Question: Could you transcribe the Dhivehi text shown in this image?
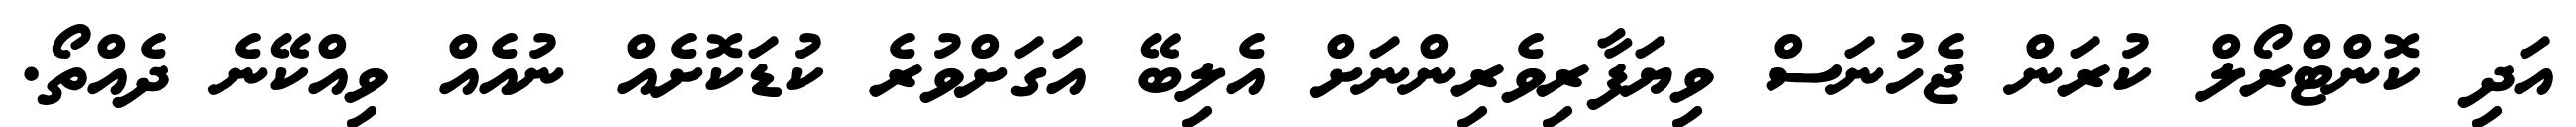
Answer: އަދި ކޮންޓްރޯލް ކުރަން ޖެހުނަސް ވިޔަފާރިވެރިންނަށް އެލިބޭ އަގަށްވުރެ ކުޑަކޮށެއް ނުއެއް ވިއްކޭނެ ދެއްތޯ.